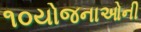
૧૦યોજનાઓની